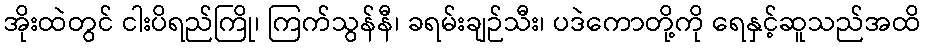
အိုးထဲတွင် ငါးပိရည်ကြို၊ ကြက်သွန်နီ၊ ခရမ်းချဉ်သီး၊ ပဒဲကောတို့ကို ရေနှင့်ဆူသည်အထိ